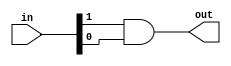
`timescale 1ns / 1ps
module my_and2(in, out); // an AND gate
input[1:0] in;
output out;
assign out = in[1] & in [0];
endmodule
module my_or2(in, out); // an OR gate
input [1:0] in;
output out;
assign out = in[1] | in[0];
endmodule
module and_or(in_top, out_top); //top-level AND/OR logic
input [3:0] in_top;
output out_top;
wire [1:0] sig;
my_and2 U1(.in(in_top[3:2]), .out(sig[1]));
my_and2 U2(.in(in_top[1:0]), .out(sig[0]));
my_or2 U3(.in(sig), .out(out_top));
endmodule